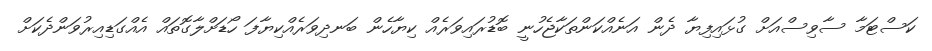
ކަސްޓަމާ ސާވިސްއަށް ގުޅައިފިޔާ ދެން އަނެއްކަންތަކާޖެހުނީ ބޮޑުރައިވަރެއް ކިޔާހެން ބަނދިވަރެއްކިޔާފަ ހޯޑަށްލާގޮތައް އެއްގަޑިއިރުވަންދެކަށް